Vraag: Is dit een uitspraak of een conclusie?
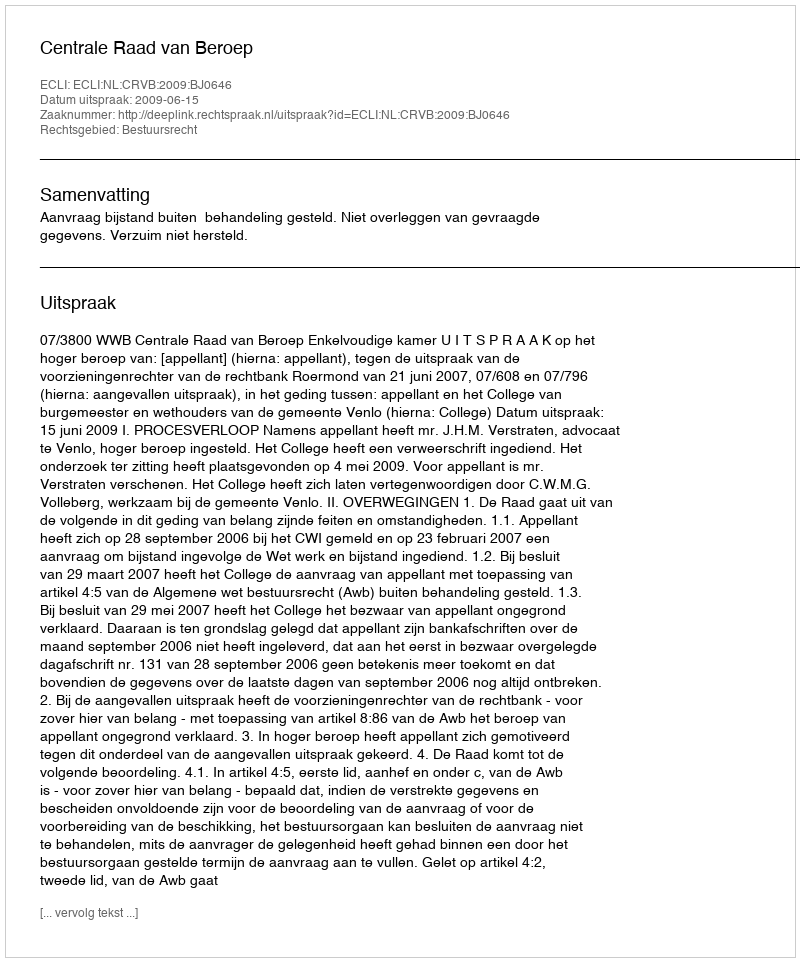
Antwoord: Uitspraak